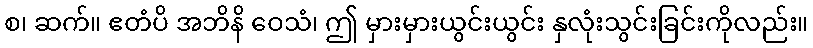
စ၊ ဆက်။ ဧတံပိ အဘိနိ ဝေသံ၊ ဤ မှားမှားယွင်းယွင်း နှလုံးသွင်းခြင်းကိုလည်း။